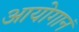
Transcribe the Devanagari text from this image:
आयोगानं